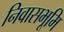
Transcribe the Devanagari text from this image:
निवासभूमि